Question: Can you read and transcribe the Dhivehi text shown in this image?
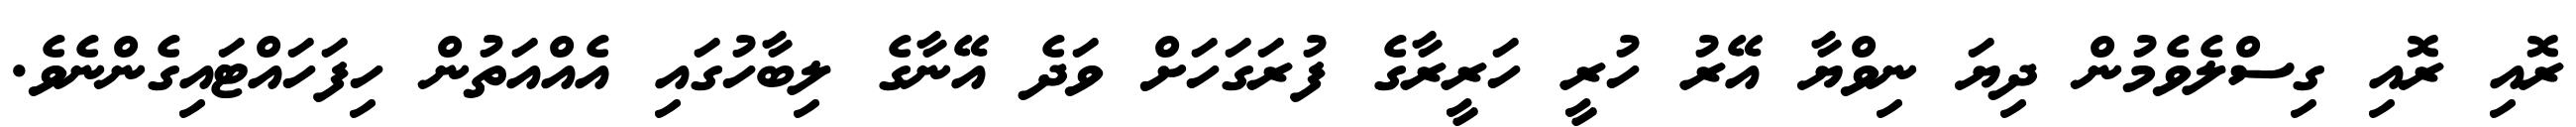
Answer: ރޮއި ރޮއި ގިސްލެވެމުން ދިޔަ ނިވްޔާ އޭރު ހުރީ ހަރީރާގެ ފުރަގަހަށް ވަދެ އޭނާގެ ލިބާހުގައި އެއްއަތުން ހިފަހައްޓައިގެންނެވެ.